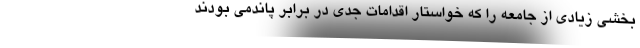
بخشی زیادی از جامعه را که خواستار اقدامات جدی در برابر پاندمی بودند